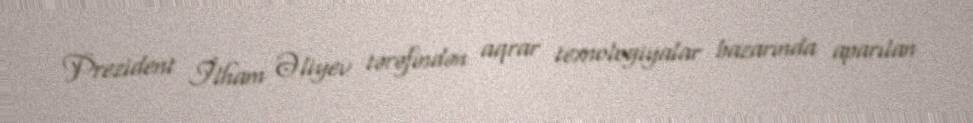
Prezident İlham Əliyev tərəfindən aqrar texnologiyalar bazarında aparılan